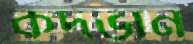
কদভান